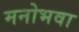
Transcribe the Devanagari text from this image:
मनोभवा